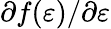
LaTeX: \partial f(\varepsilon)/\partial\varepsilon